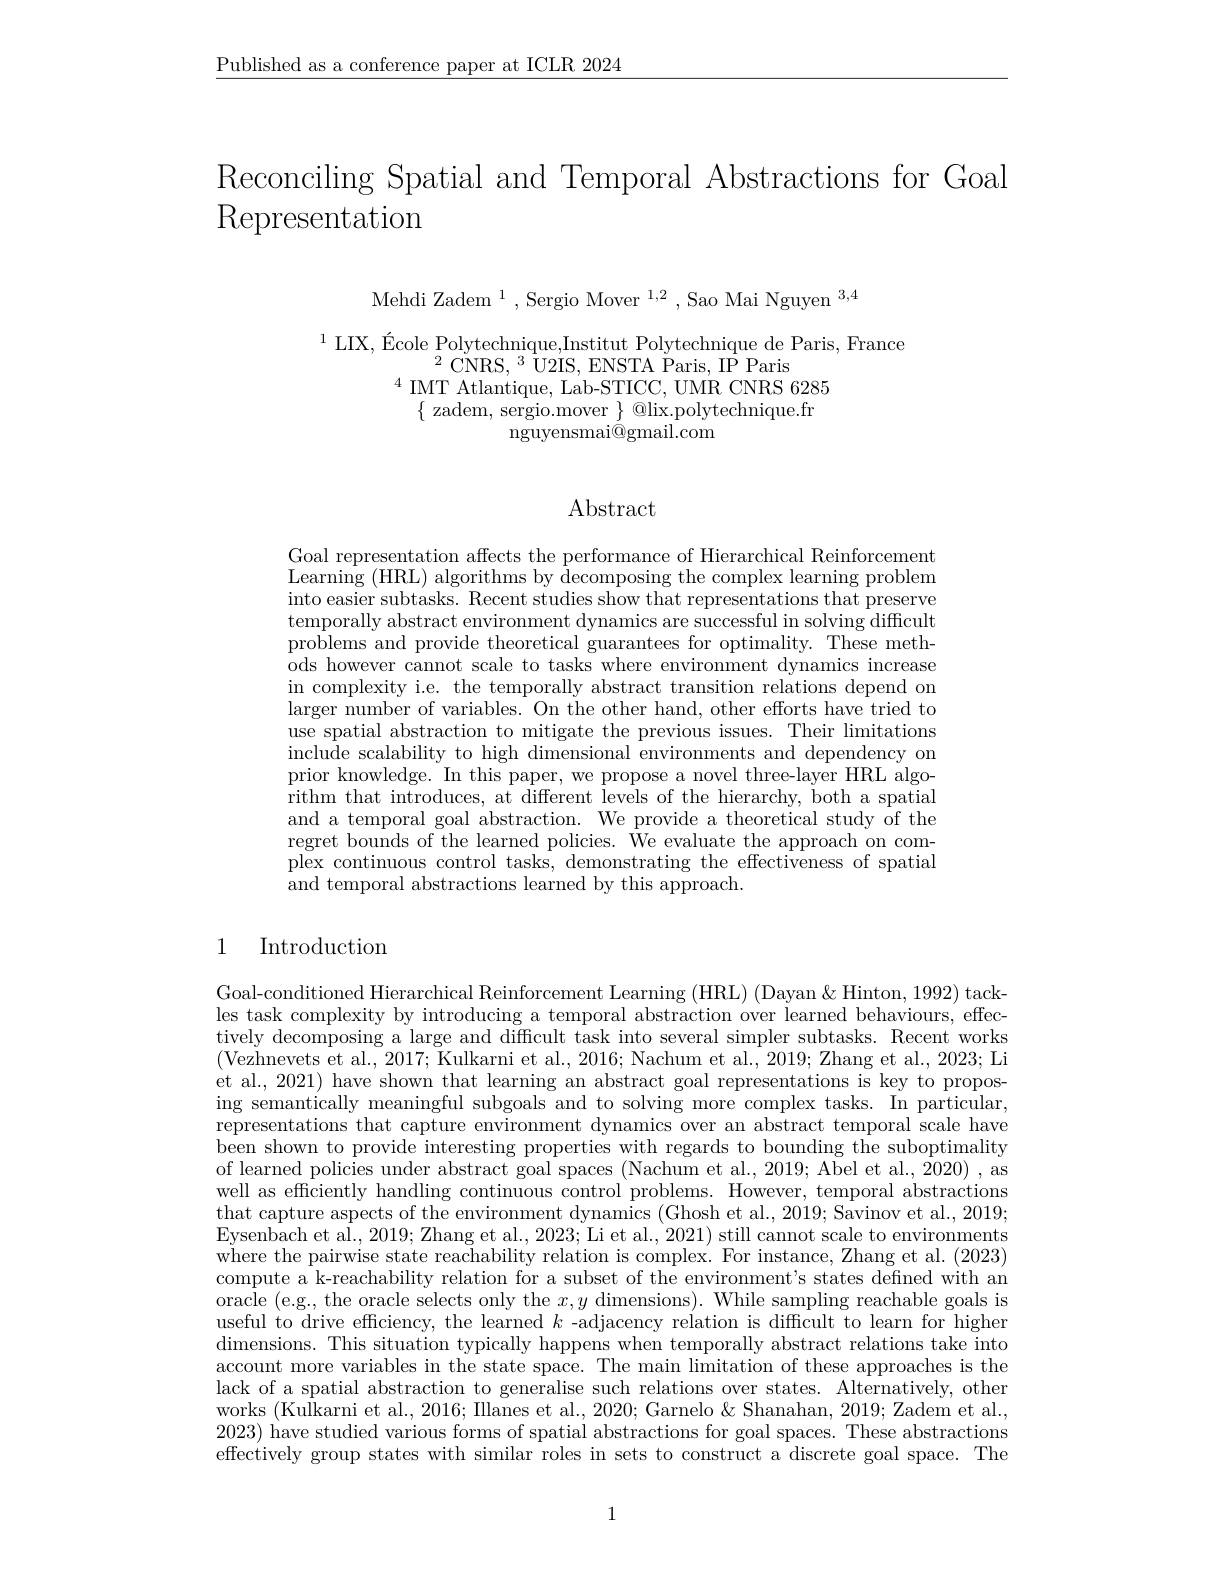
$\underline{\text{Published as a conference paper at ICLR 2024}}$

Reconciling Spatial and Temporal Abstractions for Goal
# Representation

Mehdi Zadem $^1$,Sergio Mover $^{1,2}$, Sao Mai Nguyen$^{3,4}$

$^{1}$LIX, École Polytechnique,Institut Polytechnique de Paris, France
$^{2}$CNRS,$^3$U2IS,ENSTA Paris,IP$^{1}$Paris
$^{4}$IMT Atlantique, Lab-STICC, UMR CNRS 6285
$\{$ zadem, sergio.mover $\}$ @lix.polytechnique.fr
nguyensmai@gmail.com

# Abstract

Goal representation affects the performance of Hierarchical Reinforcement Learning ( HRL) algorithms by decomposing the complex learning problem into easier subtasks. Recent studies show that representations that preserve temporally abstract environment dynamics are successful in solving difficult problems and provide theoretical guarantees for optimality. These methods however cannot scale to tasks where environment dynamics increase in complexity i.e. the temporally abstract transition relations depend on larger number of variables. On the other hand, other efforts have tried to use spatial abstraction to mitigate the previous issues. Their limitations $\hat{\text{include scalability to high dimensional environments and dependency on}}$ prior knowledge. In this paper, we propose a novel three-layer HRL algorithm that introduces, at different levels of the hierarchy, both a spatial and a temporal goal abstraction. We provide a theoretical study of the regret bounds of the learned policies. We evaluate the approach on complex continuous control tasks, demonstrating the effectiveness of spatial ${\mathrm{and~temporal~abstractions~learned~by~this~approach.}}$

### 1 Introduction

Goal-conditioned Hierarchical Reinforcement Learning (HRL) (Dayan~&Hinton, 1992) tackles task complexity by introducing a temporal abstraction over learned behaviours, effectively decomposing a large and diffcult task into several simpler subtasks. Recent works (Vezhnevets et al., 2017; Kulkarni et al., 2016; Nachum et al., 2019; Zhang et al., 2023; Li et al., 2021) have shown that learning an abstract goal representations is key to proposing semantically meaningful subgoals and to solving more complex tasks. In particular, representations that capture environment dynamics over an abstract temporal scale have been shown to provide interesting properties with regards to bounding the suboptimality of learned policies under abstract goal spaces $(\bar{\text{Nachum et al}.,2019;\text{Abel et al., 2020) , as}}$ well as efficiently handling continuous control problems. However, temporal abstractions $\begin{array}{c}\text{that capture aspects of the environment dynamics (Ghosh et al., 2019; Savinov et al., 2019;}\\\end{array}$ Eysenbach et al., 2019; Zhang et al., 2023; Li et al., 2021) still cannot scale to environments where the pairwise state reachability relation is complex. For instance, Zhang et al. (2023) compute a k-reachability relation for a subset of the environment's states defined with an oracle (e.g., the oracle selects only the $x,y$ dimensions). While sampling reachable goals is useful to drive efficiency, the learned $k$ -adjacency relation is difficult to learn for higher dimensions. This situation typically happens when temporally abstract relations take into account more variables in the state space. The main limitation of these approaches is the lack of a spatial abstraction to generalise such relations over states. Alternatively, other works $(\bar{\text{Kulkarni et al., 2016; Illanes et al., 2020; Garnelo}\&}$ Shanahan, 2019; Zadem et al., 2023) have studied various forms of spatial abstractions for goal spaces. These abstractions effectively group states with similar roles in sets to construct a discrete goal space. The

1